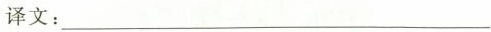
译文：___